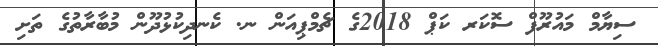
ސިޔާމް މައުރޫފް ސޮކަރ ކަޕް 2018ގެ ޗެމްޕިއަން ނ. ކެނދިކުޅުދޫން މުބާރާތުގެ ތަށި